65_HS1-834228961_62-HQ-83894_Section_6
Agency: FBI
Page 118
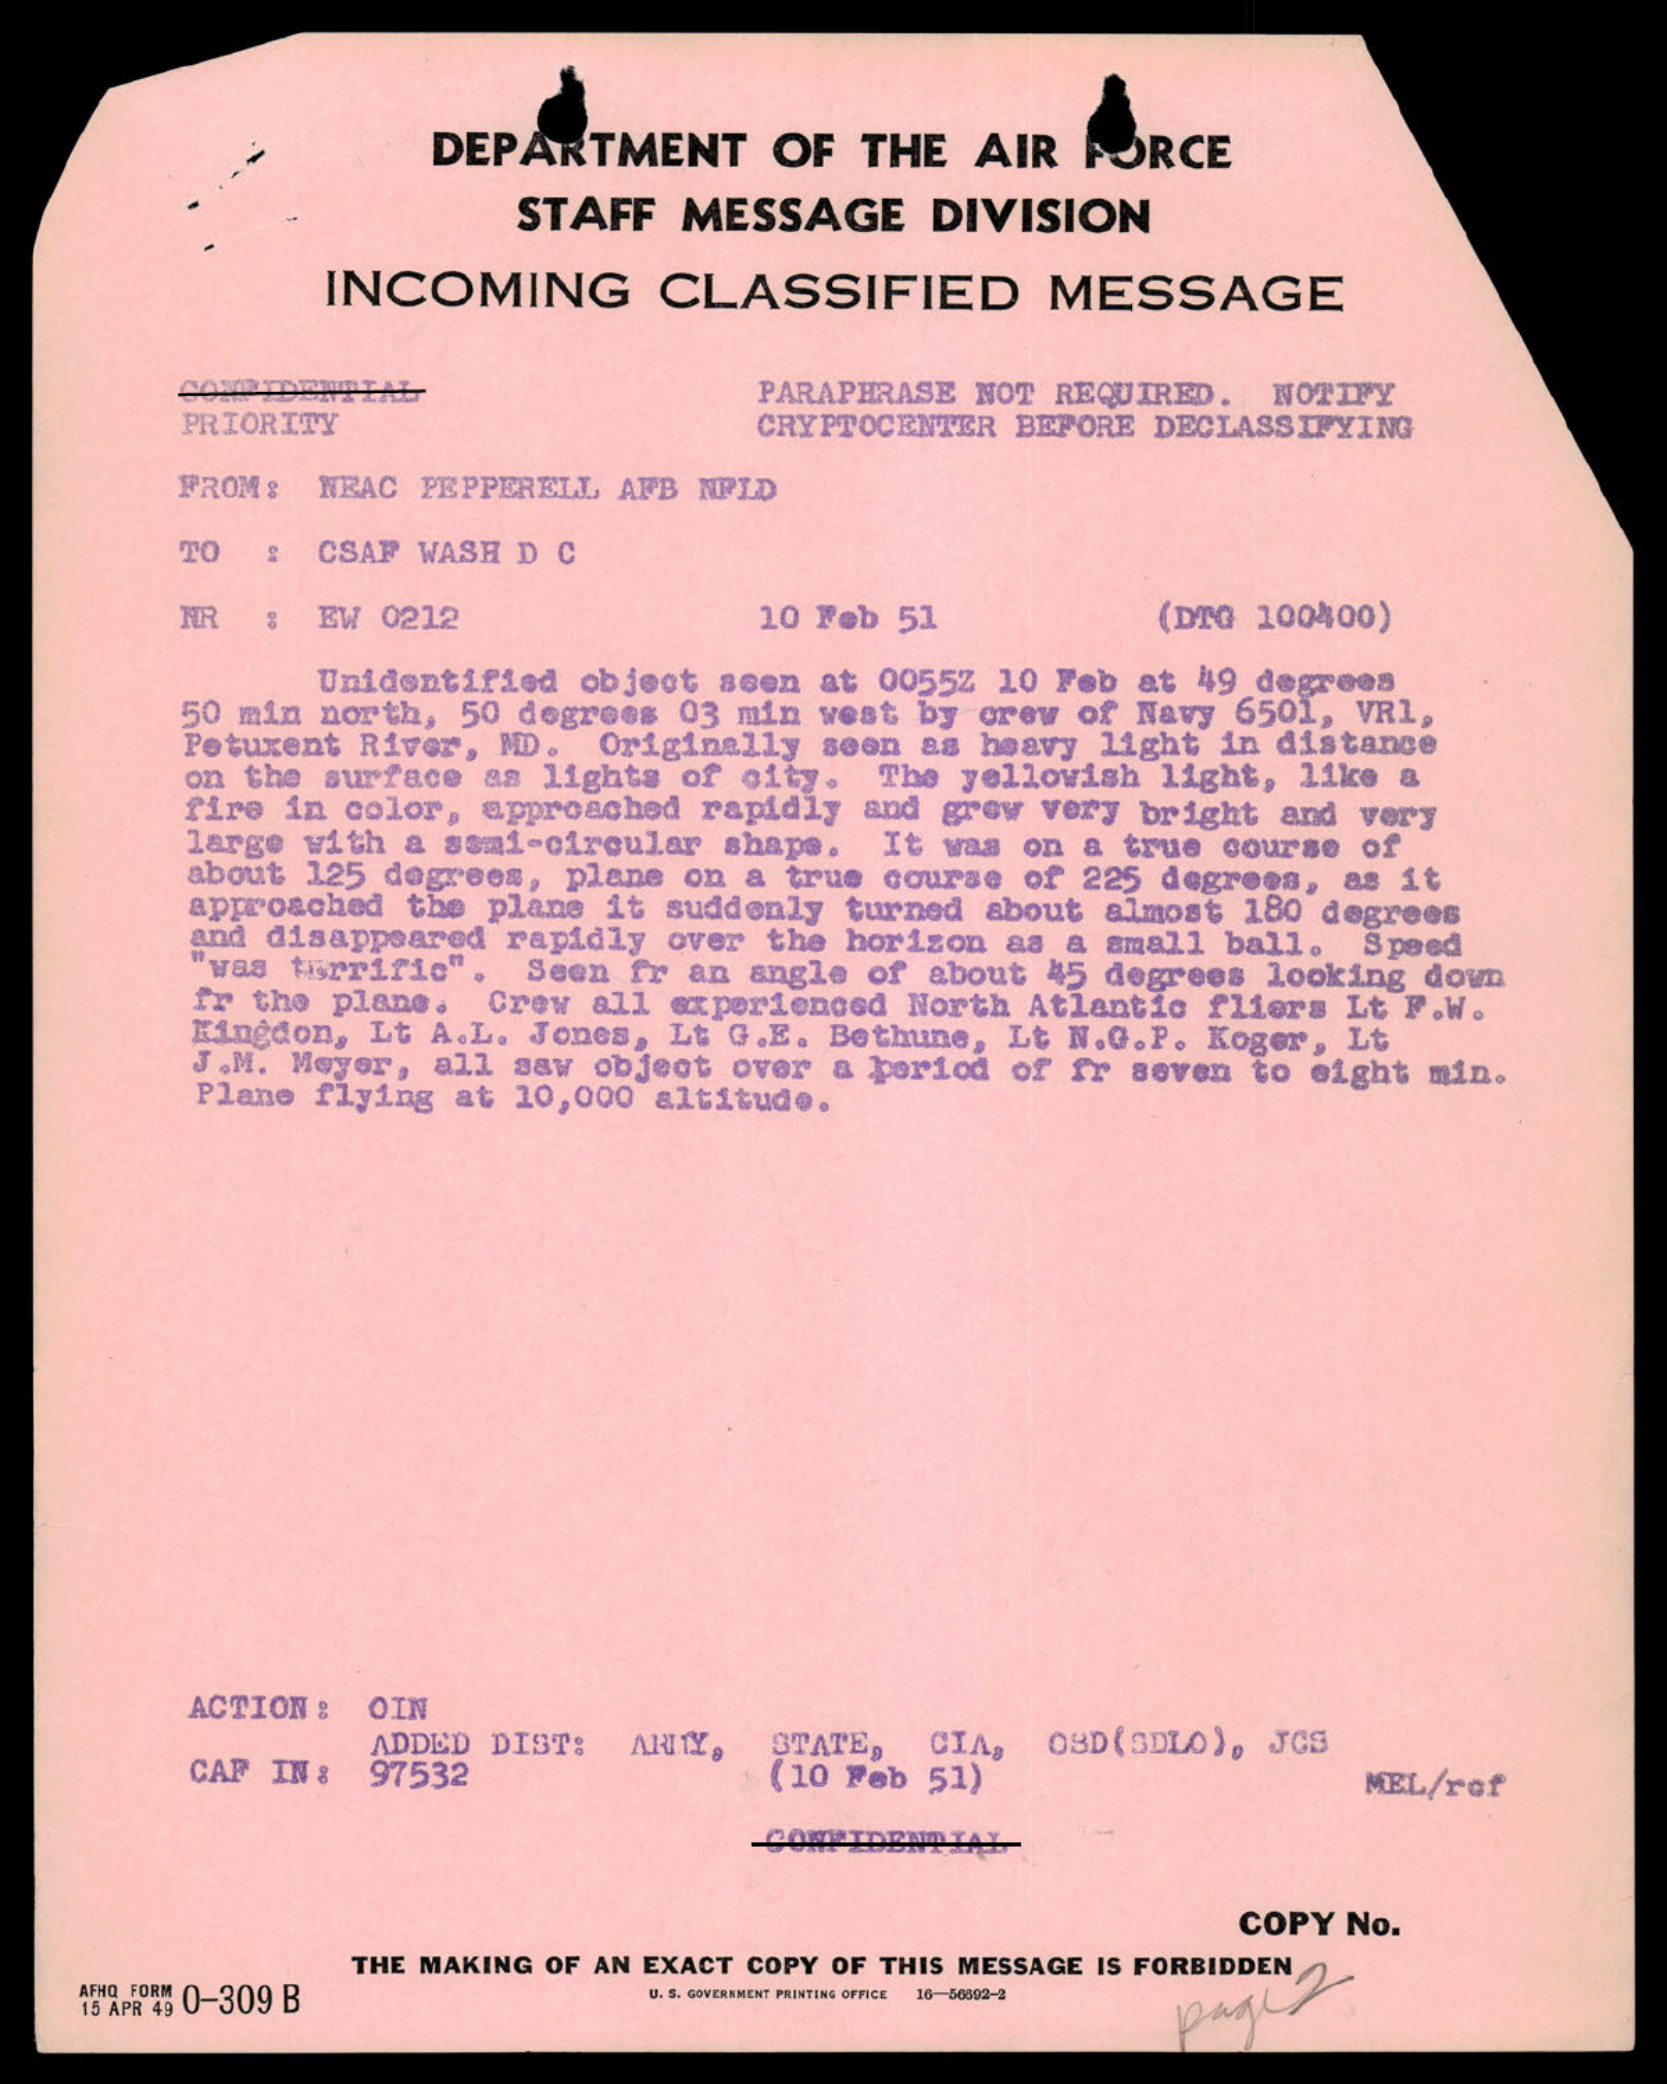